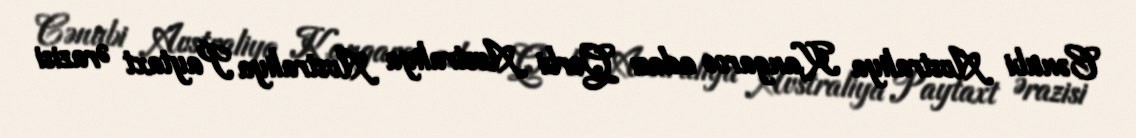
Cənubi Avstraliya Kangaroo adası Qərbi Avstraliya Avstraliya Paytaxt Ərazisi